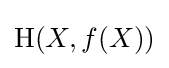
\mathrm {H} (X,f(X))